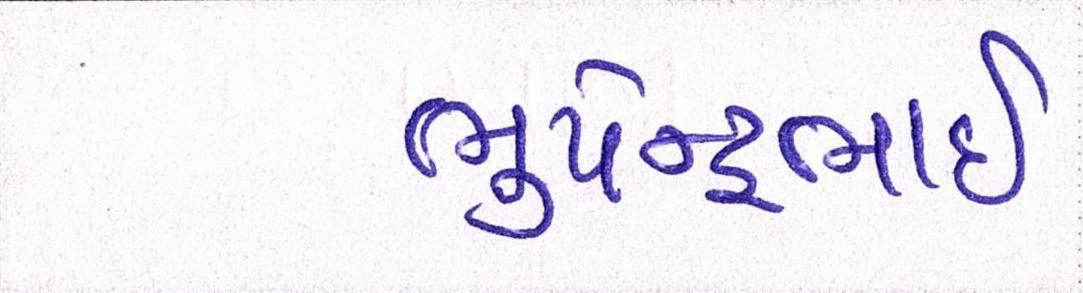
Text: ભુપેન્દ્રભાઇ